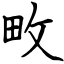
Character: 畋